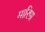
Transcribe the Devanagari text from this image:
मारिपा